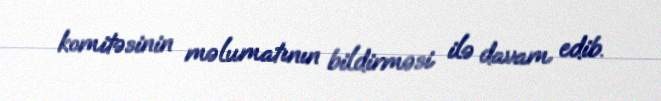
komitəsinin məlumatının bildirməsi ilə davam edib.